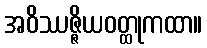
အဝိဿဇ္ဇိယဝတ္ထုကထာ။